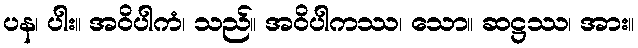
ပန၊ ပါး။ အဝိပါကံ၊ သည်။ အဝိပါကဿ၊ သော။ ဆဋ္ဌဿ၊ အား။